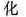
化